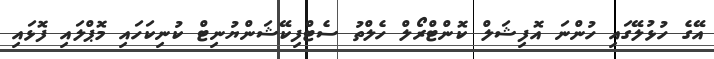
އޭގެ ހުޅުލޭގައި ހުންނަ އޮފިޝަލް ކޮންޓްރޯލް ހެލްތު ސެޓްފިކޭޝަންޔުނިޓް ކުނިކަހައި މޮޕްލައި ފޮޅައި